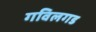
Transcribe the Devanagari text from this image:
गविलगड